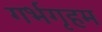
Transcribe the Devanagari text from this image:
गर्भगृहम